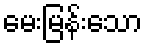
မေးမြန်းသော